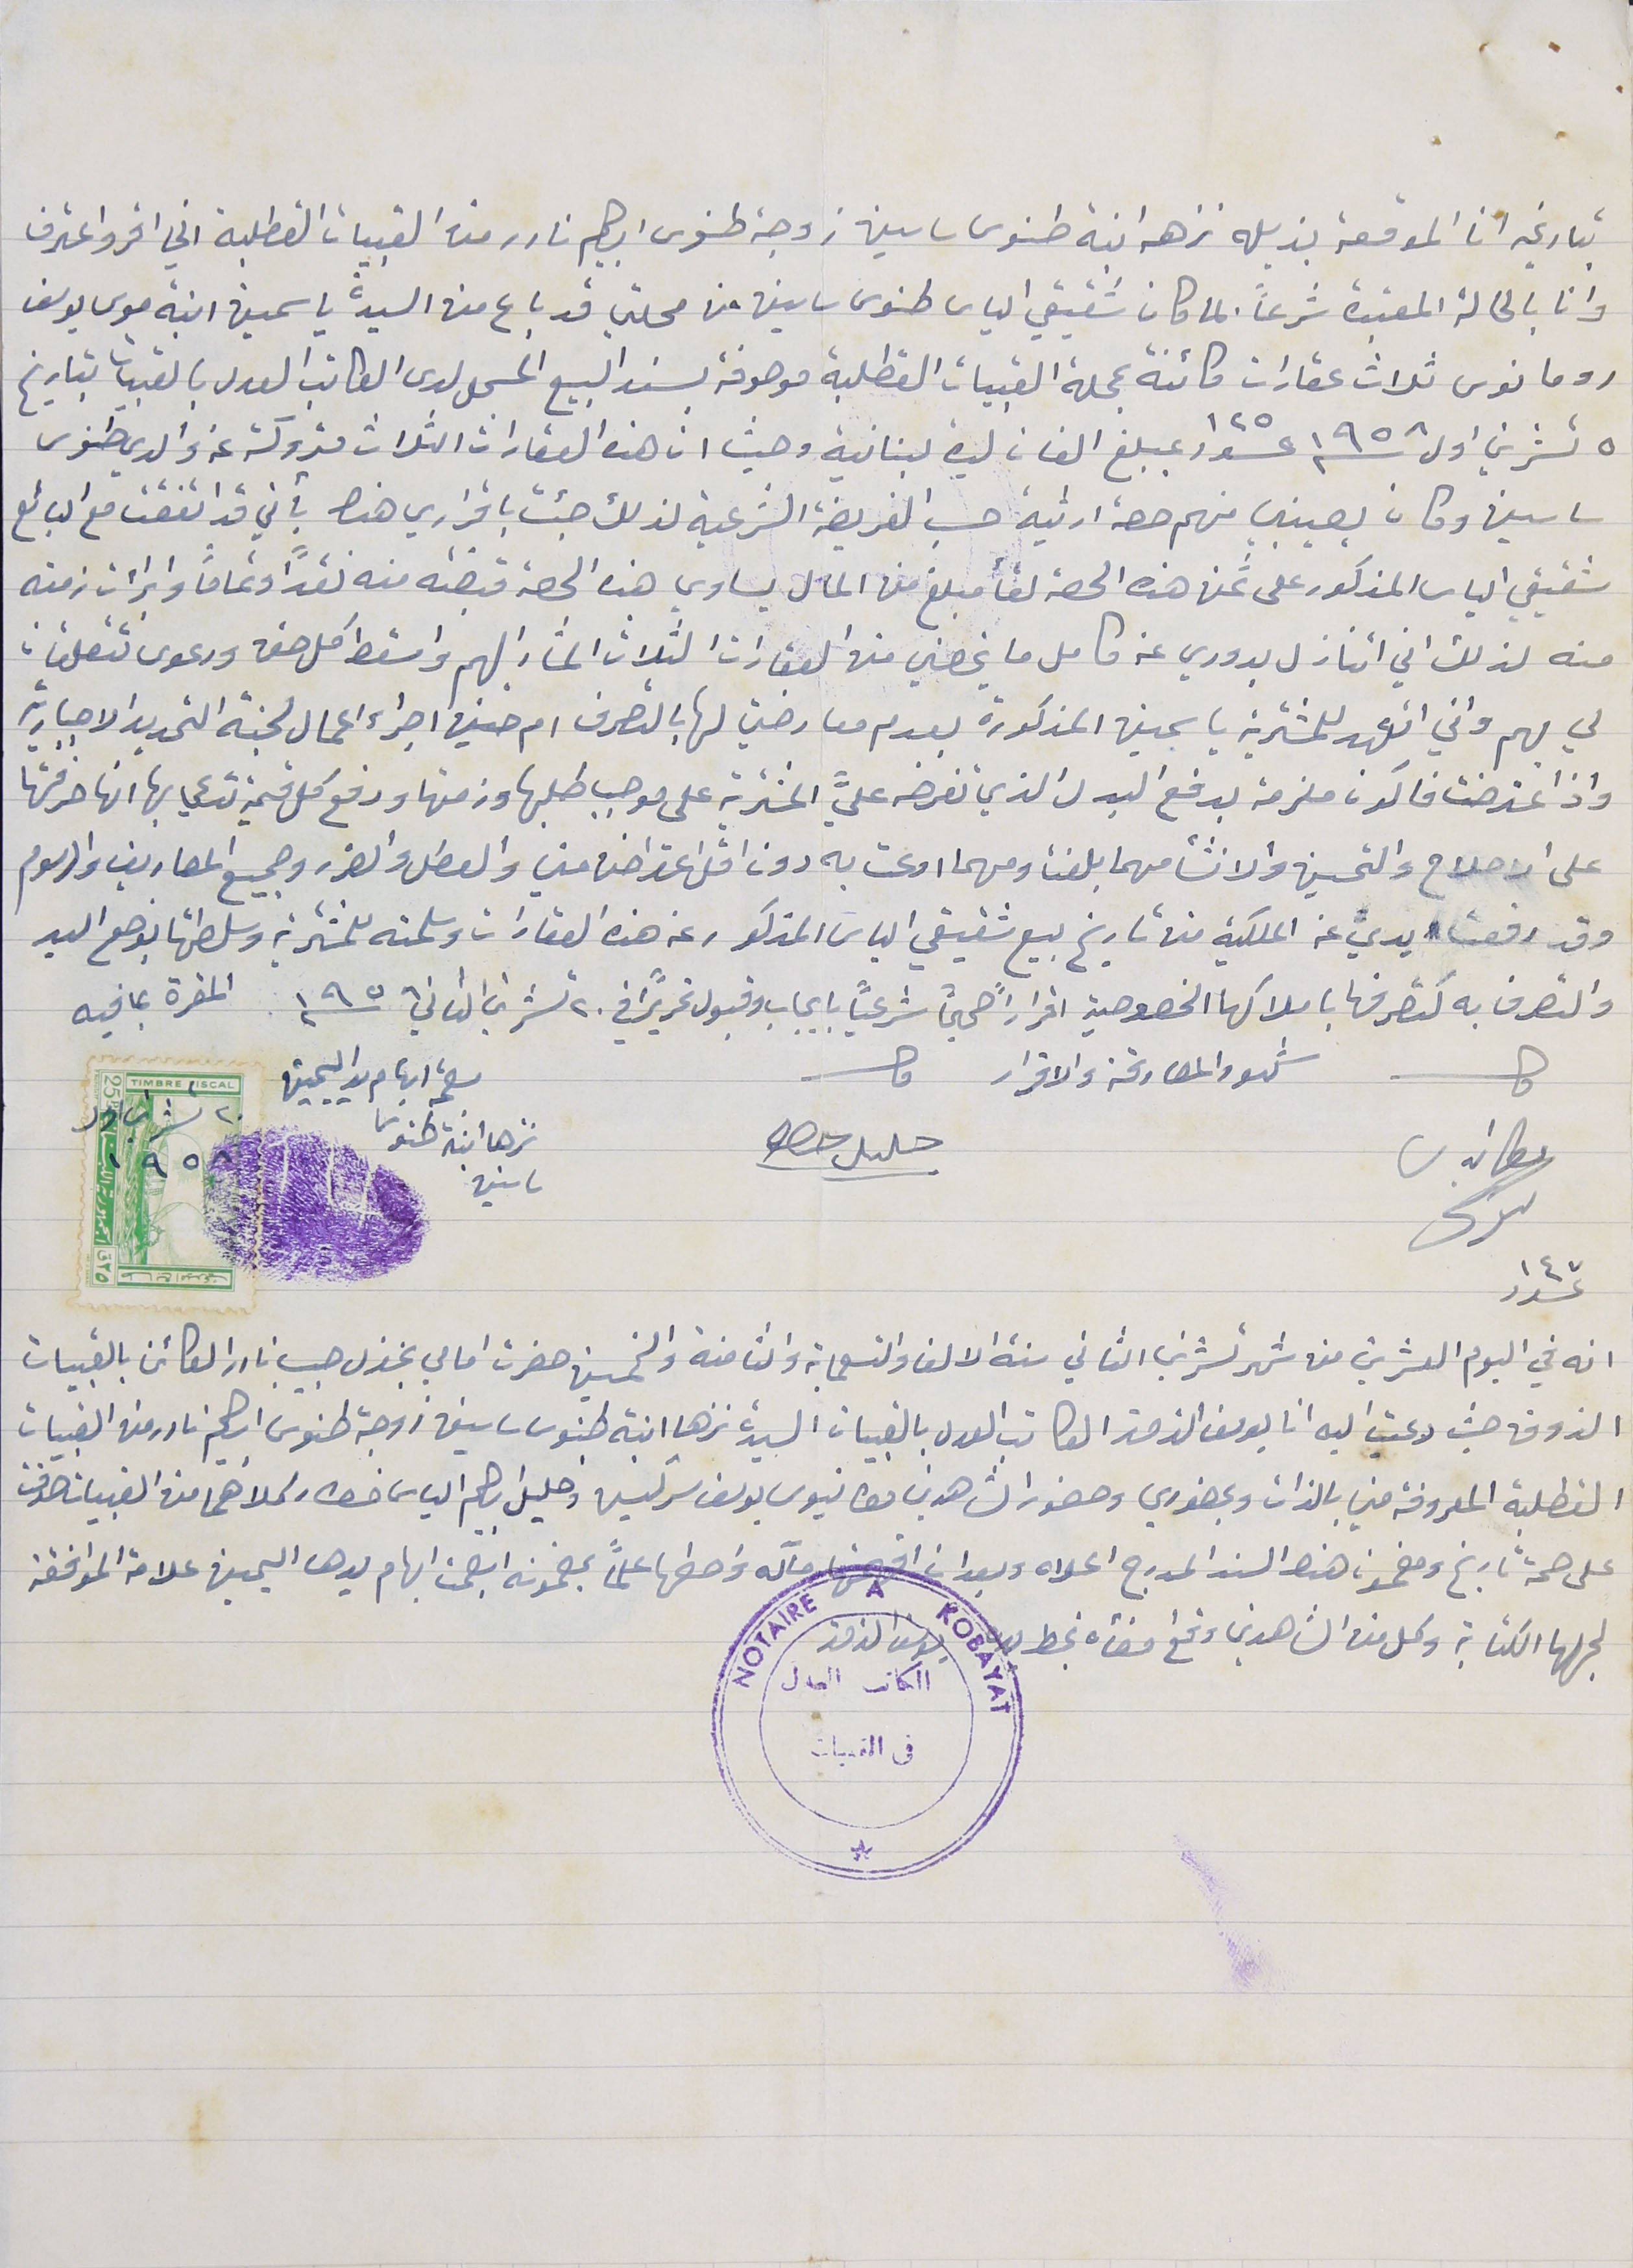
بتاريخه انا الموقعة بذيله نزهه ابنة طنوس ساسين زوجة طنوس ابراهيم نادر من القبيات القطلبة اني اقر واعترف
وانا بالحالة المعتبرة شرعاً بما كان شقيقي الياس طنوس ساسين من محلتي قد باع من السيدة ياسمين ابنة موسى يوسف
رومانوس ثلاث عقارات كائنة بمحلة القبيات القطلبة موصوفة بسند البيع المسجل لدى الكاتب العدل بالقبيات بتاريخ
٥ تشرين اول سنة ١٩٥٨ عدد ١٢٥ بمبلغ الفان ليرة لبنانية وحيث ان هذه العقارات الثلاث متروكة عن والدي طنوس
ساسين وكان يصيبني منهم حصة ارثية حسب الفريضة الشرعية لذلك جئت باقراري هذا بأني قد اتفقت مع البائع
شقيقي الياس المذكور على ثمن هذه الحصة لقأ مبلغ من المال يساوي هذه الحصة قبضته منه نقداً وتماماً وابراءت زمته
منه لذلك اني اتنازل بدوري عن كامل ما يخصني من العقارات الثلاث المشار اليهم واسقط كل حق ودعوى تتعلقان
لي بهم واني اتعهد للمشترية ياسمين المذكورة بعدم معارضتي لها بالتصرف ام حين اجراء اعمال لجنة التحديد الاجبارية
واذ اعترضت فاكون ملزمة بدفع البدل الذي تفرضه عليَّ المشترية على موجب طلبها وزمتها ودفع كل قيمة تدعي بها انها صرفتها
على الاصلاح والتحسين والانشأ مهما بلغت ومهما ادعت به دون اقل اعتراض مني والعطل والضرر وجميع المصاريف والرسوم
وقد رفعت يديَّ عن الملكية من تاريخ بيع شقيقي الياس المذكور عن هذه العقارات وسلمته للمشترية وسلطتها بوضع اليد
والتصرف به كتصرفها باملاكها الخصوصية اقراراً صحيحاً شرعياً بايجاب وقبول تحريراً في ٢٠ تشرين الثاني سنة ١٩٥ المقرة بما فيه
شهود المصارفة والاقرار حلىل حصو
مطانيوس سركىس
 بصمة ابهام يد اليمين نزهه ابنة طنوس ساسين
عدد ١٤٧
انه في اليوم العشرين منه شهر تشرين الثاني سنة الالف والتسعماية والثامنة والخمسين حضرت امامي بخزل؟؟؟؟؟ حبيب نادر الكائن بالقبيات
الذوق حيث دعيت اليه انا يوسف الزمز الكاتب العدل بالقبيات السيدة نزها ابنة طنوس ساسين زوجة طنوس ابرهيم نادر من القبيات
القطلبة المعروفة مني بالذات وبحضوري وحضور الشاهدين مطانيوس يوسف سركيس وخليل ابرهيم الياس خطار كلاهما من القبيات صدقت
على صحة تاريخ ومضمون هذا السند المدرج اعلاه وبعد ان افهمتها مآله واحطها علماً بمضمونه ابصمت ابهام يدها اليمين علامة الموافقة
لجهلها الكتابة وكل من الشاهدين وقع امضأه بخط  يده يوسف الزمز
٢٠ تشرين اول ١٩٥٨
الكاتب العدل في القبيات